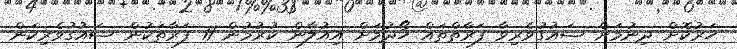
ހަރުކޮށް ދިނުމަށް ޝައުގުވެރިވާ ފަރާތްތައް ހޯދުމަށް އިއުލާން ކުރުމުން 11 ފަރާތަކުން ޝައުގުވެރިކަން